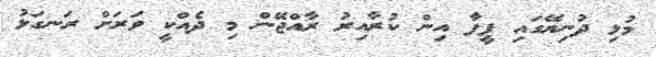
މުޅި ދުނިޔޭގައި ފީފާ އިން ކުރާއިރު ރާއްޖޭން މި ދެއްކީ ވަރަށް ރަނގަޅު